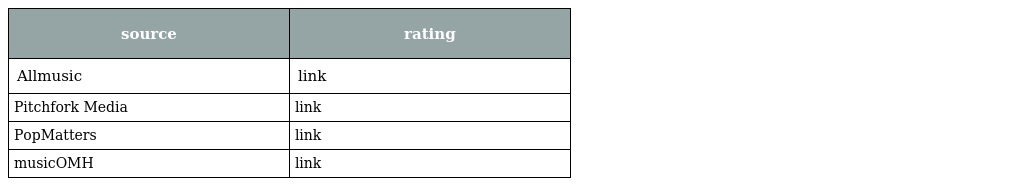
| source | rating |
 | --- | --- |
 | Allmusic | link |
 | Pitchfork Media | link |
 | PopMatters | link |
 | musicOMH | link |